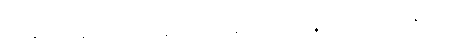
ဣမာနိ စေတ္ထ န အာဒိကမ္မိကေန ဂဟေတဗ္ဗာနိ။ သေသာနိ ပဉ္စတိံသ ဂဟေတဗ္ဗာနီတိ ဧဝံ